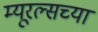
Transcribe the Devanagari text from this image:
म्यूरल्सच्या